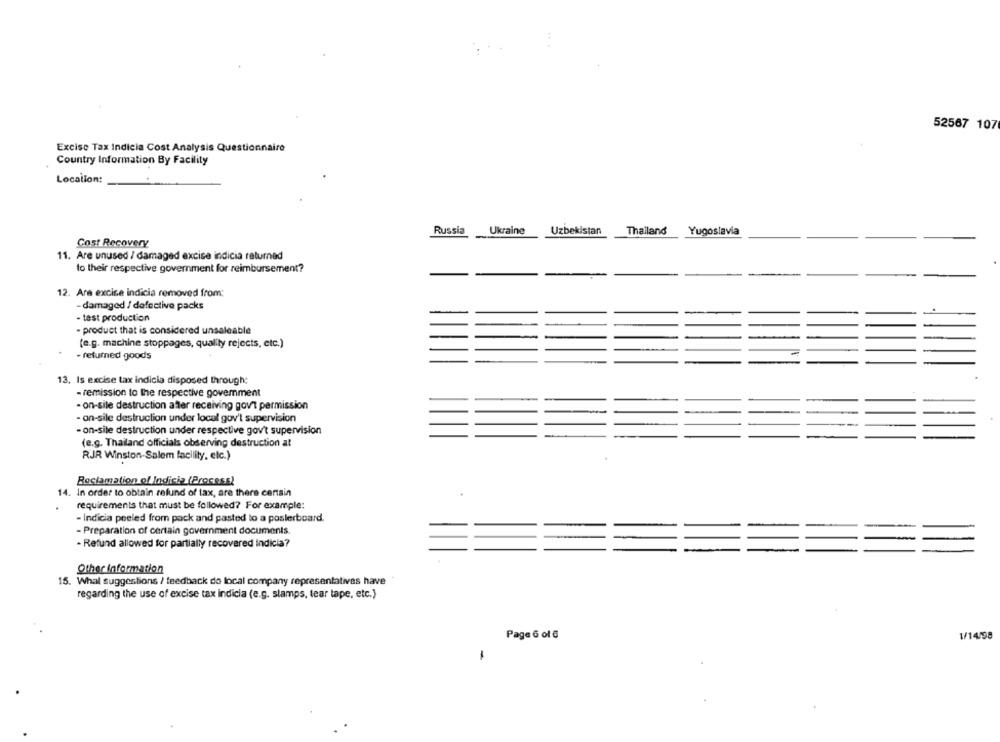
52567 107
Excise Tax Indicia Cost Analysis Questionnaire
Country Information By Facility
Location:
Russia
Ukraine
Uzbekistan
Thailand
Yugoslavia
Cost Recovery
11. Are unused / damaged excise indicia returned
to their respective government for reimbursement?
12. Ara excise indicia removed from:
- damaged / defective packs
- test production
- product that is considered unsaleable
(e.g. machine stoppages, qualily rejects, etc.)
- retumed goods
13. Is excise tax indicia disposed through:
- remission to the respective government
- on-site destruction after receiving govt permission
- on-sile destruction under local gov't supervision
- on-sile destruction under respective gov't supervision
(e.g. Thailand officials observing destruction at
RJR Winston-Salem facility, elc.)
Reclamation of Indicia (Process)
14. In order to obtain refund of tax, are there certain
requirements that must be followed? For example:
- Indicia peeled from pack and pasted lo a posterboard.
- Preparation of certain government documents.
- Refund allowed for partially recovered indicia?
Other Information
15. Whal suggestions / feedback do local company representatives have
regarding the use of excise tax indicia (e.g. slamps, tear tape, etc.)
Page 6 of 6
1/14/98
-